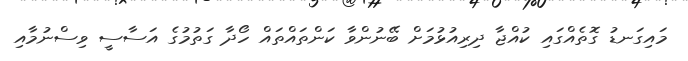
މައިގަނޑު ގޮތެއްގައި ކުއްޖާ ދިރިއުޅުމަށް ބޭނުންވާ ކަންތައްތައް ހޯދާ ގަތުމުގެ އަސާސީ ވިސްނުމާއި